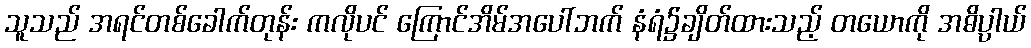
သူသည် အရင်တစ်ခေါက်တုန်း ကလိုပင် ကြောင်အိမ်အပေါ်ဘက် နံရံ၌ချိတ်ထားသည့် တယောကို အဓိပ္ပာယ်